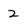
Character: 2